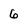
Character: 6